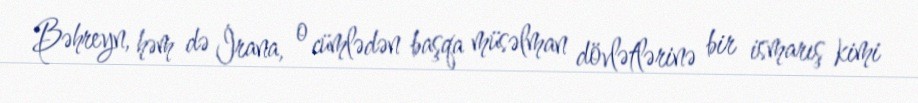
Bəhreyn, həm də İrana, o cümlədən başqa müsəlman dövlətlərinə bir ismarış kimi